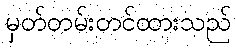
မှတ်တမ်းတင်ထားသည်